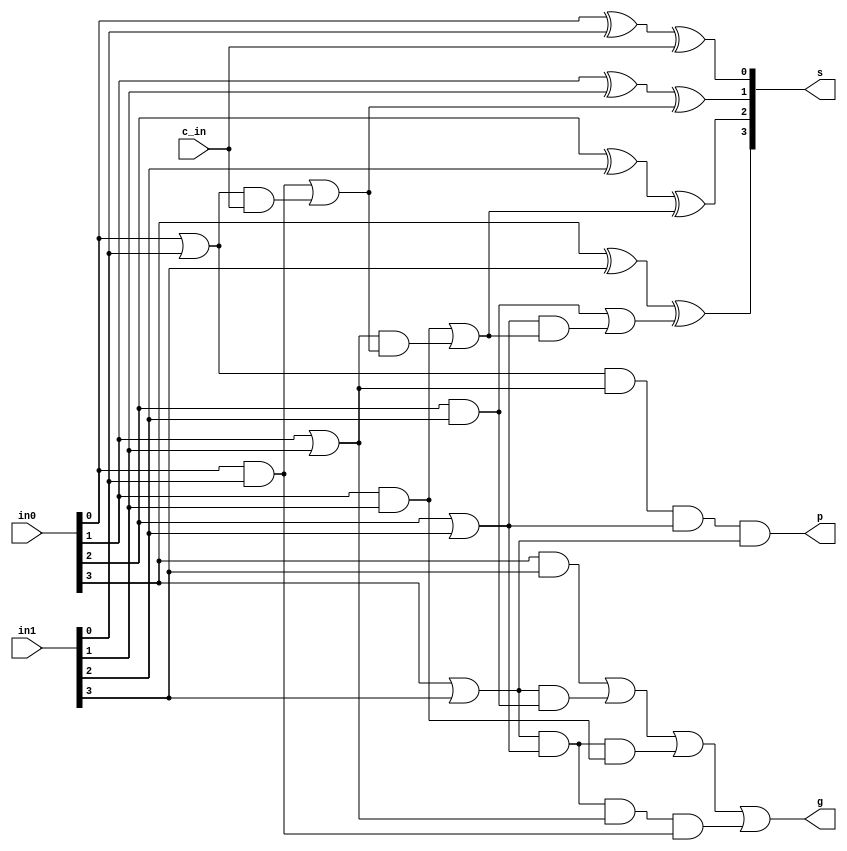
module adder_four(in0, in1, c_in, s, p, g);

	input [3:0] in0, in1;
	input c_in;
	
	output [3:0] s;
	output p, g;
	
	wire g0, g1, g2, g3;
	wire p0, p1, p2, p3;
	wire inter_0, inter_1, inter_2, inter_3;
	wire c1, c2, c3, c4;
	
	wire inter_finalg_0, inter_finalg_1, inter_finalg_2;
	
	xor my_sum_one(s[0], in0[0], in1[0], c_in);
	and my_g0(g0, in0[0], in1[0]);
	or my_p0(p0, in0[0], in1[0]);
	and my_inter0(inter_0, p0, c_in);
	or my_c1(c1, g0, inter_0);
	
	xor my_sum_two(s[1], in0[1], in1[1], c1);
	and my_g1(g1, in0[1], in1[1]);
	or my_p1(p1, in0[1], in1[1]);
	and my_inter1(inter_1, p1, c1);
	or my_c2(c2, g1, inter_1);
	
	xor my_sum_three(s[2], in0[2], in1[2], c2);
	and my_g2(g2, in0[2], in1[2]);
	or my_p2(p2, in0[2], in1[2]);
	and my_inter2(inter_2, p2, c2);
	or my_c3(c3, g2, inter_2);
	
	xor my_sum_four(s[3], in0[3], in1[3], c3);
	and my_g3(g3, in0[3], in1[3]);
	or my_p3(p3, in0[3], in1[3]);
	and my_inter3(inter_3, p3, c3);
	//or my_c4(c_out, g3, inter_3); // don't need to compute c_out here
	
	and my_final_p(p, p0, p1, p2, p3);
	and my_inter_finalg_0(inter_finalg_0, p3, p2, p1, g0); //g0 = two inputs both 1? px = carry exists? So, this expression = does lsb have 1+1, and rest have that carry onwards?
	and my_inter_finalg_1(inter_finalg_1, p3, p2, g1);
	and my_inter_finalg_2(inter_finalg_2, p3, g2);
	or my_final_g(g, g3, inter_finalg_2, inter_finalg_1, inter_finalg_0);
	
endmodule